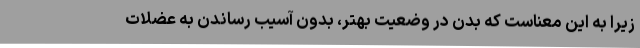
زیرا به این معناست که بدن در وضعیت بهتر، بدون آسیب رساندن به عضلات